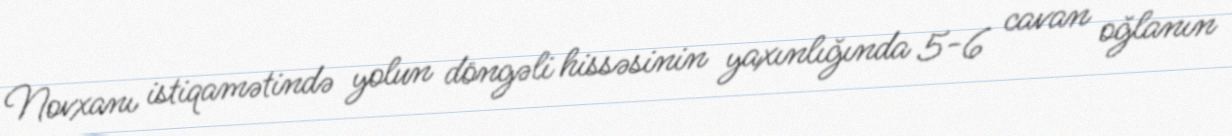
Novxanı istiqamətində yolun döngəli hissəsinin yaxınlığında 5-6 cavan oğlanın